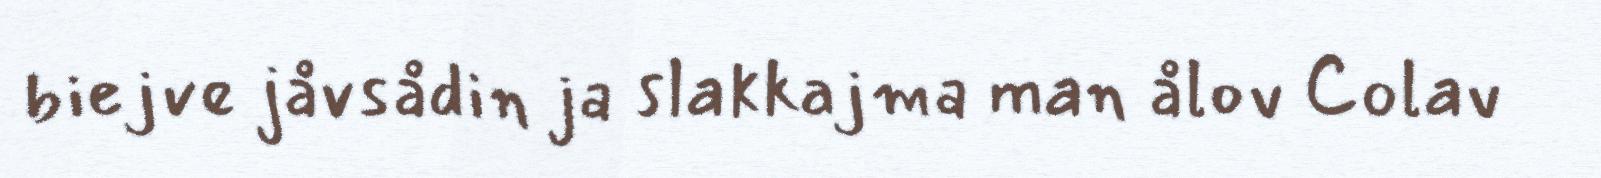
biejve jåvsådin ja slakkajma man ålov Colav